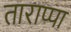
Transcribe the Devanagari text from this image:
ताराप्पा